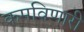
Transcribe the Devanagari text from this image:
कमविणारी